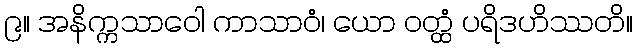
၉။ အနိက္ကသာဝေါ ကာသာဝံ၊ ယော ဝတ္ထံ ပရိဒဟိဿတိ။